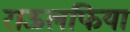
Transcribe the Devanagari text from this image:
राऊलफिया